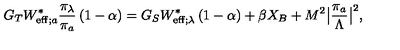
G _ { T } W _ { \mathrm { e f f } ; a } ^ { \ast } \frac { \pi _ { \lambda } } { \pi _ { a } } \left( 1 - \alpha \right) = G _ { S } W _ { \mathrm { e f f } ; \lambda } ^ { \ast } \left( 1 - \alpha \right) + \beta X _ { B } + M ^ { 2 } \big | \frac { \pi _ { a } } { \Lambda } \big | ^ { 2 } ,